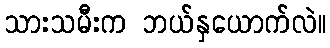
သားသမီးက ဘယ်နှယောက်လဲ။